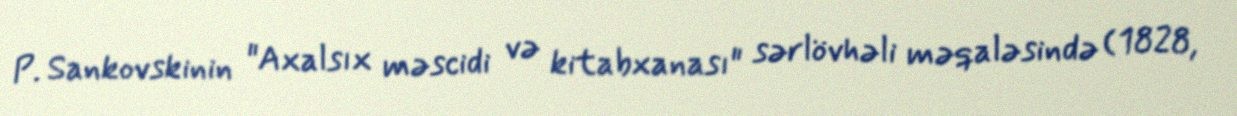
P. Sankovskinin "Axalsıx məscidi və kitabxanası" sərlövhəli məqaləsində (1828,